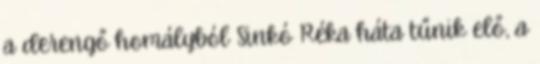
a derengő homályból Sinkó Réka háta tűnik elő, a